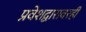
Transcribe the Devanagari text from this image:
प्रवेशद्वारावरही